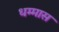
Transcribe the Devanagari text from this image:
धम्मास